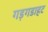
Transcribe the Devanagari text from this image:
गड़गडाहट